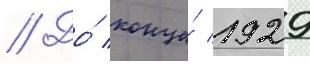
// До́ конца́ 1929